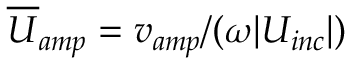
\overline { { U } } _ { a m p } = v _ { a m p } / ( \omega | U _ { i n c } | )